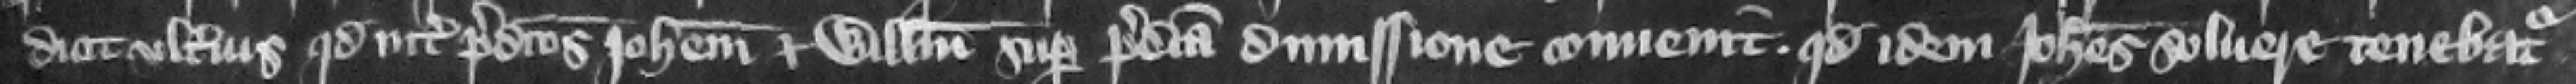
dicit vlterius quod inter predictos Iohannem et Willelmum super predicta dimissione conuenit quod idem Iohannes soluere tenebatur